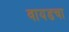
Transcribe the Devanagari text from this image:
वायडचा